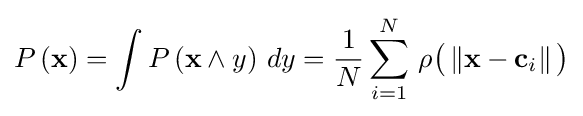
P\left(\mathbf {x} \right)=\int P\left(\mathbf {x} \land y\right)\,dy={1 \over N}\sum _{i=1}^{N}\,\rho {\big (}\left\Vert \mathbf {x} -\mathbf {c} _{i}\right\Vert {\big )}